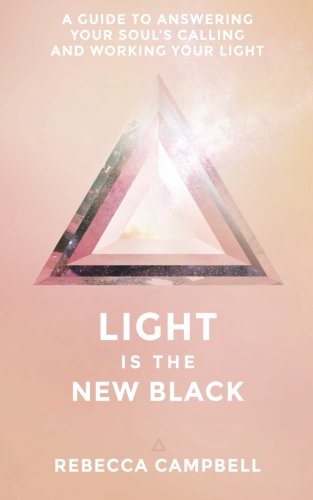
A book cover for Light Is the New Black: A Guide to Answering Your SoulEEs Callings and Working Your Light; Rebecca Campbell; Self-Help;